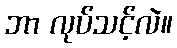
ဘာ လုပ်သင့်လဲ။